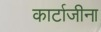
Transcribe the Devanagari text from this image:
कार्टाजीना